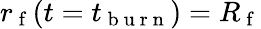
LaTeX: r_{\mathrm{~f~}}(t=t_{\mathrm{~b~u~r~n~}})=R_{\mathrm{~f~}}